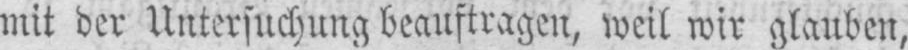
mit der Untersuchung beauftragen, weil wir glauben,